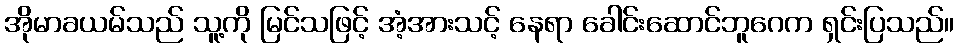
အိုမာခယမ်သည် သူ့ကို မြင်သဖြင့် အံ့အားသင့် နေရာ ခေါင်းဆောင်ဘူဂေက ရှင်းပြသည်။